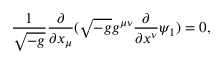
\frac { 1 } { \sqrt { - g } } \frac { \partial } { \partial x _ { \mu } } ( \sqrt { - g } g ^ { \mu \nu } \frac { \partial } { \partial x ^ { \nu } } \psi _ { 1 } ) = 0 ,